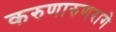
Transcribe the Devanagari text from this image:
करुणारुणरागे